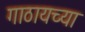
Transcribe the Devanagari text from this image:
गाठायच्या